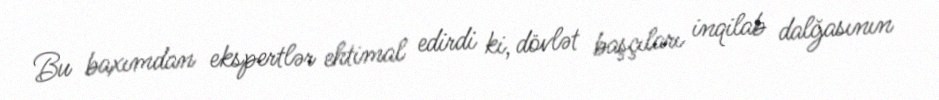
Bu baxımdan ekspertlər ehtimal edirdi ki, dövlət başçıları inqilab dalğasının